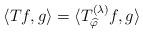
LaTeX: \begin{align*} \langle T f, g \rangle = \langle T^{(\lambda)}_{\widehat{\varphi}} f, g\rangle\end{align*}